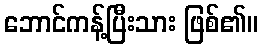
ဘောင်ကန့်ပြီးသား ဖြစ်၏။